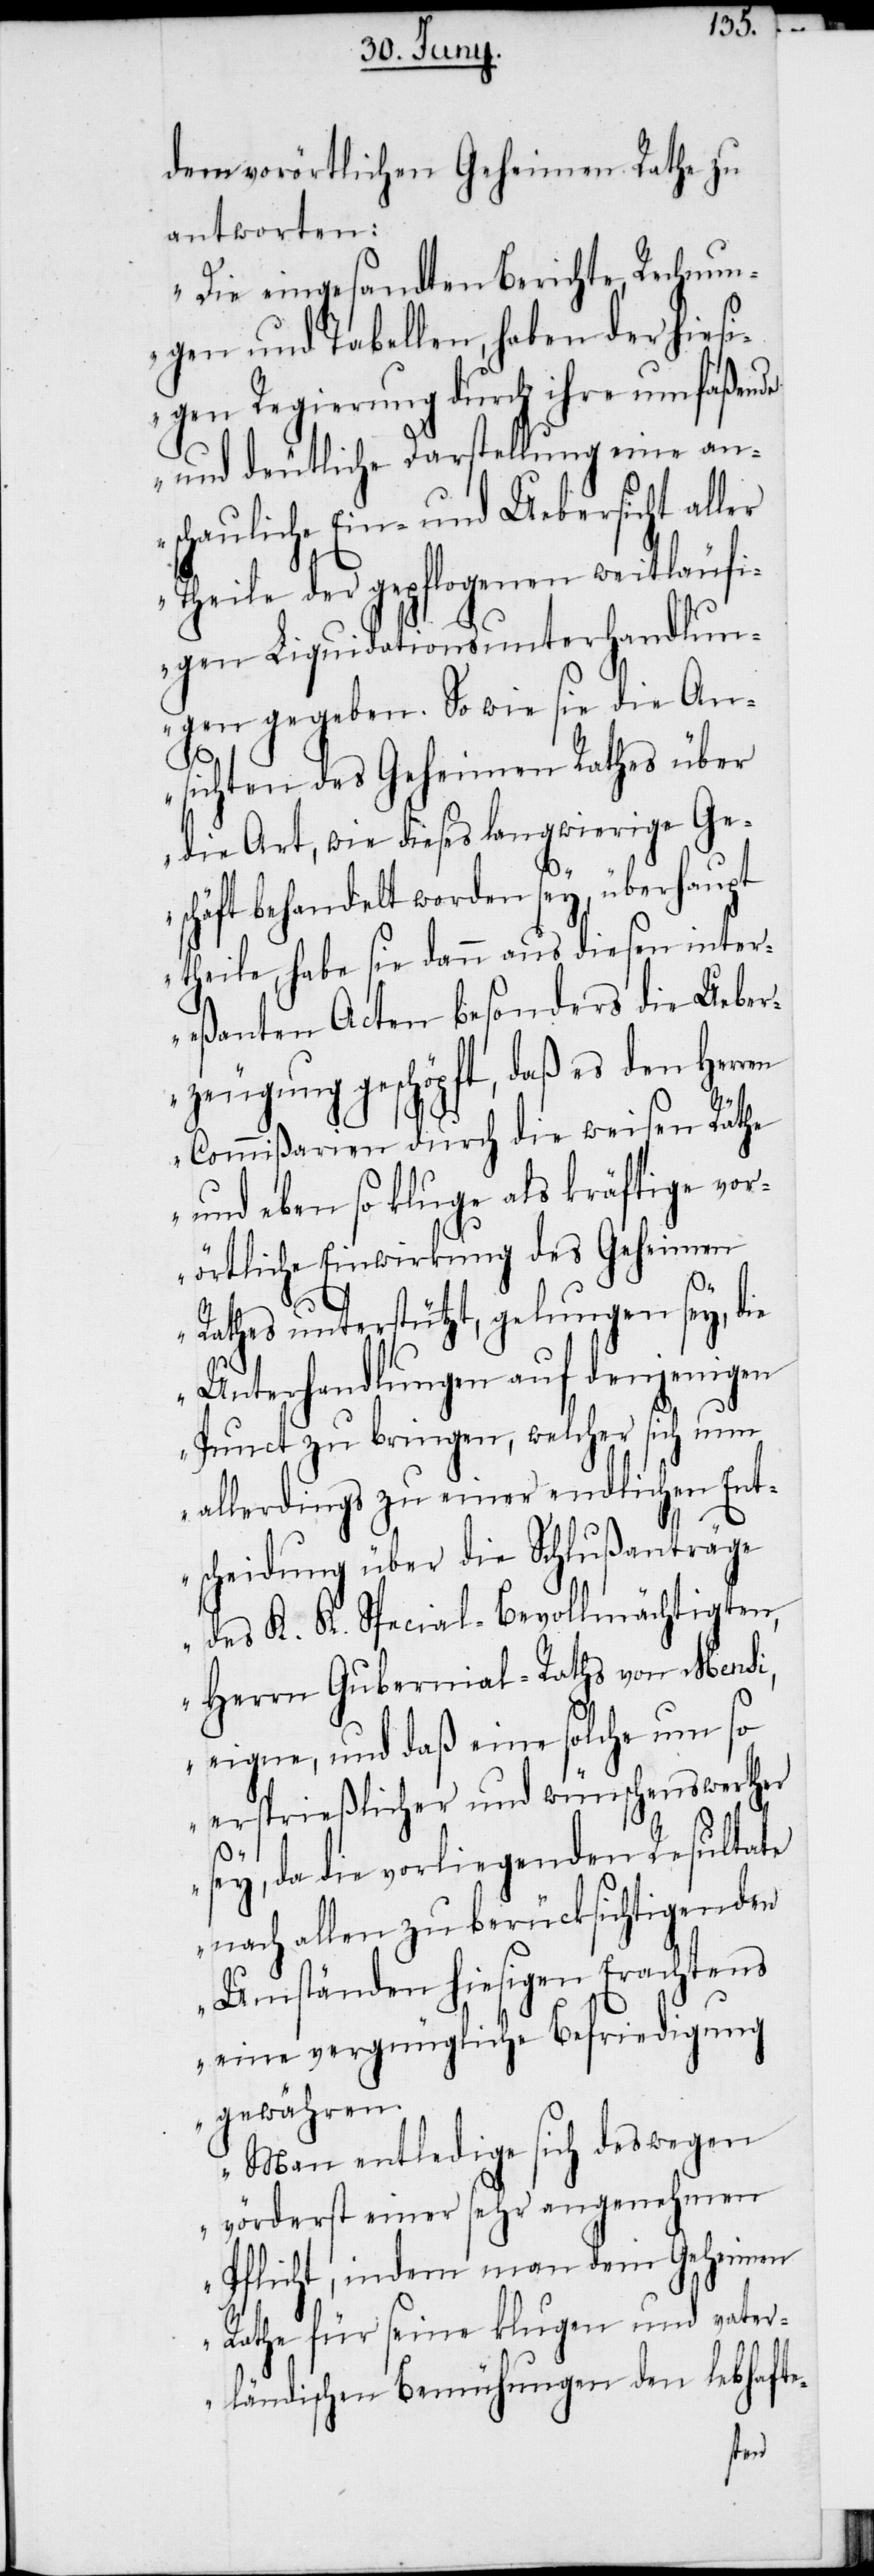
dem vorörtlichen Geheimen Rathe zu
antworten:
„Die eingesandten Berichte, Rechnun¬
gen und Tabellen, haben der hiesi¬
gen Regierung durch ihre umfaßende
und deutliche Darstellung eine an¬
schauliche Ein- und Uebersicht aller
Theile der gepflogenen weitläufi¬
gen Liquidationsunterhandlun¬
gen gegeben. So wie sie die An¬
sichten des Geheimen Rathes über
die Art, wie dieses langwierige Ge¬
schäft behandelt worden sey, überhaupt
theile, habe sie dann aus diesen inter¬
eßanten Acten besonders die Ueber¬
zeugung geschöpft, daß es den Herren
K.
Commißarien durch die weisen Räthe
und eben so kluge als kräftige vor¬
örtliche Einwirkung des Geheimen
des
K.
Rathes unterstützt, gelungen sey, die
Unterhandlungen auf denjenigen
Punct zu bringen, welcher sich nun
allerdings zu einer endlichen Ent¬
scheidung über die Schlußanträge
eigne, und daß eine solche um so
ersprießlicher und wünschenswerther
sey, da die vorliegenden Resultate
nach allen zu berücksichtigenden
Umständen hiesigen Erachtens
eine vergnügliche Befriedigung
gewähren.
Man entledige sich deswegen
vörderst einer sehr angenehmen
Pflicht, indem man dem Geheimen
Rathe für seine klugen und vater¬
ländischen Bemühungen den lebhafte-